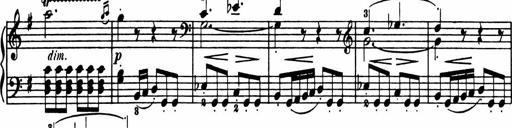
Title: Sonatina in G major
Composer: Friedrich Kuhlau
Key: G major